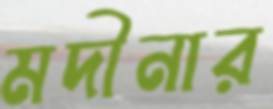
মদীনার